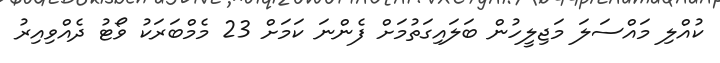
ކުއްލި މައްސަލަ މަޖިލީހުން ބަލައިގަތުމަށް ފެންނަ ކަމަށް 23 މެމްބަރަކު ވޯޓު ދެއްވިއިރު